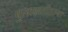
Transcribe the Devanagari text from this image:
मुलाखतीतल्या